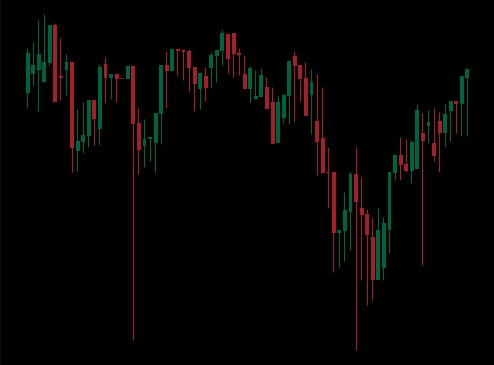
Pattern: unclassified